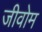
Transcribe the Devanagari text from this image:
जीवोम